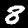
Label: 8